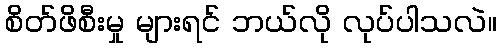
စိတ်ဖိစီးမှု များရင် ဘယ်လို လုပ်ပါသလဲ။